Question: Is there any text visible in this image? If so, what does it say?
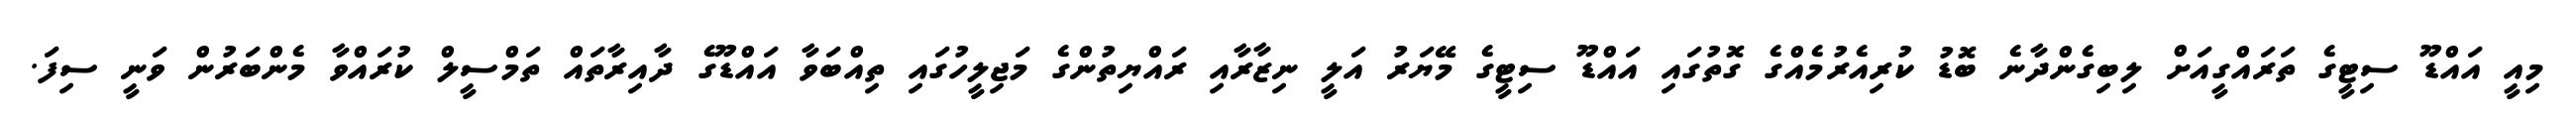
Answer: މިއީ އައްޑޫ ސިޓީގެ ތަރައްގީއަށް ލިބިގެންދާނެ ބޮޑު ކުރިއެރުމެއްގެ ގޮތުގައި އައްޑޫ ސިޓީގެ މޭޔަރު އަލީ ނިޒާރާއި ރައްޔިތުންގެ މަޖިލީހުގައި ތިއްބަވާ އައްޑޫގެ ދާއިރާތައް ތަމްސީލް ކުރައްވާ މެންބަރުން ވަނީ ސިފަ.